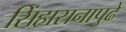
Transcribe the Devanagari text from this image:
सिंहासनापुढे